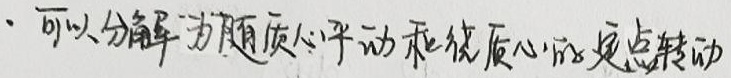
· 可以分解为随质心平动和绕质心的定点转动